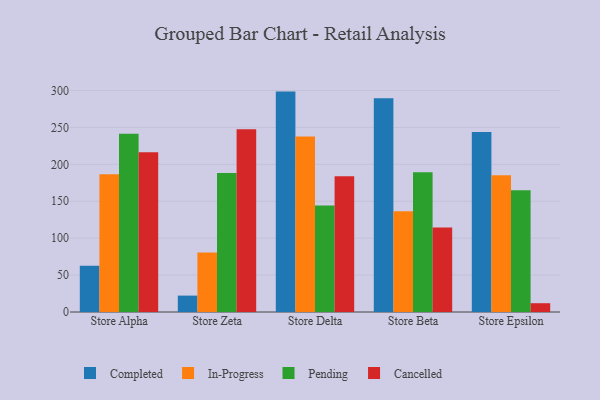
{"axis": {"x": "Store", "y": "Operating Costs (USD K)"}, "legend": ["Cancelled", "Completed", "In-Progress", "Pending"], "data": [{"x": "Store Alpha", "y": 62.6, "type": "Completed"}, {"x": "Store Alpha", "y": 186.6, "type": "In-Progress"}, {"x": "Store Alpha", "y": 241.4, "type": "Pending"}, {"x": "Store Alpha", "y": 216.5, "type": "Cancelled"}, {"x": "Store Zeta", "y": 22.2, "type": "Completed"}, {"x": "Store Zeta", "y": 80.5, "type": "In-Progress"}, {"x": "Store Zeta", "y": 188.2, "type": "Pending"}, {"x": "Store Zeta", "y": 247.5, "type": "Cancelled"}, {"x": "Store Delta", "y": 298.5, "type": "Completed"}, {"x": "Store Delta", "y": 237.6, "type": "In-Progress"}, {"x": "Store Delta", "y": 144.2, "type": "Pending"}, {"x": "Store Delta", "y": 183.9, "type": "Cancelled"}, {"x": "Store Beta", "y": 289.4, "type": "Completed"}, {"x": "Store Beta", "y": 136.6, "type": "In-Progress"}, {"x": "Store Beta", "y": 189.3, "type": "Pending"}, {"x": "Store Beta", "y": 114.3, "type": "Cancelled"}, {"x": "Store Epsilon", "y": 243.9, "type": "Completed"}, {"x": "Store Epsilon", "y": 185.1, "type": "In-Progress"}, {"x": "Store Epsilon", "y": 164.9, "type": "Pending"}, {"x": "Store Epsilon", "y": 11.9, "type": "Cancelled"}]}